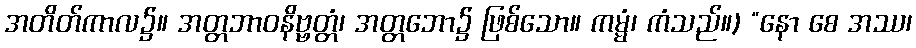
အတိတ်ကာလ၌။ အတ္တဘာဝနိဗ္ဗတ္တံ၊ အတ္တဘော၌ ဖြစ်သော။ ကမ္မံ၊ ကံသည်။) “နော စေ အဿ၊